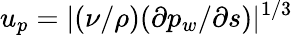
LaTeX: u_{p}=|(\nu/\rho)(\partial{p_{w}}/\partial{s})|^{1/3}